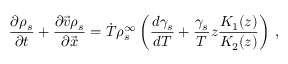
{ \frac { \partial \rho _ { s } } { \partial t } } + \frac { \partial \vec { v } \rho _ { s } } { \partial \vec { x } } = \dot { T } \rho _ { s } ^ { \infty } \left( { \frac { d \gamma _ { s } } { d T } } + \frac { \gamma _ { s } } { T } z \frac { K _ { 1 } ( z ) } { K _ { 2 } ( z ) } \right) \, ,